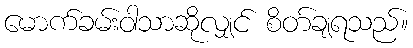
မောက်ခမ်းဝါသာဆိုလျှင် စိတ်ချရသည်။